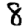
Digit: 8